Plague in India, 1896, 1897 - Volume 2
Year: 1896
Disease focus: Plague
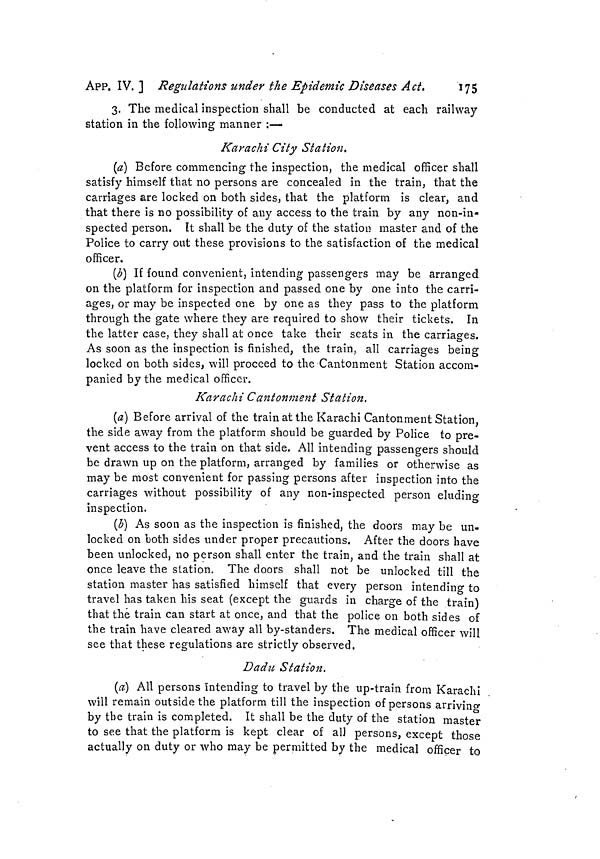
APP. IV. ] Regulations under the Epidemie Diseases Act. 175
3. The medical inspection shall be conducted at each railway
station in the following manner :—
Karachi City Station.
(a) Before commencing the inspection, the medical officer shall
satisfy himself that no persons are concealed in the train, that the
carriages are locked on both sides, that the platform is clear, and
that there is no possibility of any access to the train by any non-in-
spected person. It shall be the duty of the station master and of the
Police to carry out these provisions to the satisfaction of the medical
officer.
(b) If found convenient, intending passengers may be arranged
on the platform for inspection and passed one by one into the carri-
ages, or may be inspected one by one as they pass to the platform
through the gate where they are required to show their tickets. In
the latter case, they shall at once take their seats in the carriages.
As soon as the inspection is finished, the train, all carriages being
locked on both sides, will proceed to the-Cantonment Station accom-
panied by the medical officer.
Karachi Cantonment Station.
(a) Before arrival of the train at the Karachi Cantonment Station,
the side away from the platform should be guarded by Police to pre-
vent access to the train on that side. All intending passengers should
be drawn up on the platform, arranged by families or otherwise as
may be most convenient for passing persons after inspection into the
carriages without possibility of any non-inspected person eluding
inspection.
(b) As soon as the inspection is finished, the doors may be un-
locked on both sides under proper precautions. After the doors have
been unlocked, no person shall enter the train, and the train shall at
once leave the station. The doors shall not be unlocked till the
station master has satisfied himself that every person intending to
travel has taken his seat (except the guards in charge of the train)
that the train can start at once, and that the police on both sides of
the train have cleared away all by-standers. The medical officer will
see that these regulations are strictly observed.
Dad u Station.
(a) All persons intending to travel by the up-train from Karachi
will remain outside the platform till the inspection of persons arriving
by the train is completed. It shall be the duty of the station master
to see that the platform is kept clear of all persons, except those
actually on duty or who may be permitted by the medical officer to